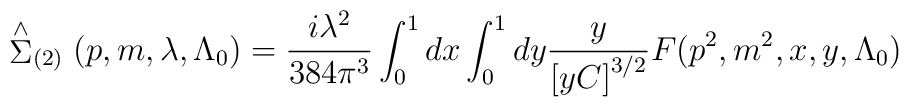
\stackrel{\wedge }{\Sigma }_{(2)}(p,m,\lambda ,\Lambda _0)=\frac{i\lambda ^2}{384\pi ^3}\int_0^1dx\int_0^1dy\frac y{\left[ yC\right] ^{3/2}}F(p^2,m^2,x,y,\Lambda _0)